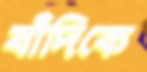
যাঁদিকে